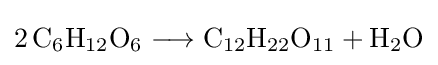
{2\,\mathrm {C} {\vphantom {A}}_{\smash[{t}]{6}}\mathrm {H} {\vphantom {A}}_{\smash[{t}]{12}}\mathrm {O} {\vphantom {A}}_{\smash[{t}]{6}}{}\mathrel {\longrightarrow } {}\mathrm {C} {\vphantom {A}}_{\smash[{t}]{12}}\mathrm {H} {\vphantom {A}}_{\smash[{t}]{22}}\mathrm {O} {\vphantom {A}}_{\smash[{t}]{11}}{}+{}\mathrm {H} {\vphantom {A}}_{\smash[{t}]{2}}\mathrm {O} }